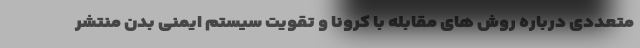
متعددی درباره روش های مقابله با کرونا و تقویت سیستم ایمنی بدن منتشر